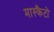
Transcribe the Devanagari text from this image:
मास्क्रैटो